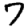
Digit: 7